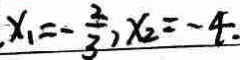
. x _ { 1 } = - \frac { 2 } { 3 } , x _ { 2 } = - 4 .